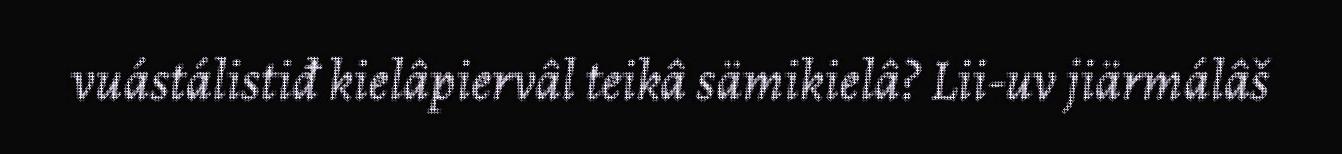
vuástálistiđ kielâpiervâl teikâ sämikielâ? Lii-uv jiärmálâš